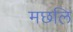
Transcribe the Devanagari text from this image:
मछलि